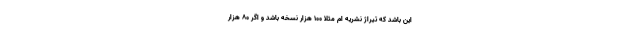
این باشد که تیراژ نشریه ام مثلاً 100 هزار نسخه باشد و اگر 80 هزار